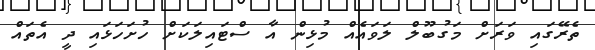
ތެރޭގައި ވަރަށް މަގުބޫލް ލަވައެއް މުޅިން އާ ސްޓައިލަކަށް ހުށަހަޅައި ދީ އެތައް